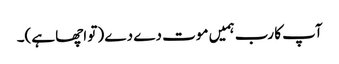
آپ کا رب ہمیں موت دے دے (تو اچھا ہے)۔